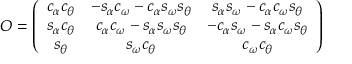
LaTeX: O = \left( \begin{array} { c c c } { { c _ { \alpha } c _ { \theta } } } & { { - s _ { \alpha } c _ { \omega } - c _ { \alpha } s _ { \omega } s _ { \theta } } } & { { s _ { \alpha } s _ { \omega } - c _ { \alpha } c _ { \omega } s _ { \theta } } } \\ { { s _ { \alpha } c _ { \theta } } } & { { c _ { \alpha } c _ { \omega } - s _ { \alpha } s _ { \omega } s _ { \theta } } } & { { - c _ { \alpha } s _ { \omega } - s _ { \alpha } c _ { \omega } s _ { \theta } } } \\ { { s _ { \theta } } } & { { s _ { \omega } c _ { \theta } } } & { { c _ { \omega } c _ { \theta } } } \end{array} \right)